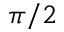
\pi / 2